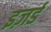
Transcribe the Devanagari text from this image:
इज़र्ड